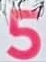
5